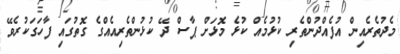
މެދުތެރެއިިން އުފެއްދުންތެރި ކުޅުމެއް ކުޅެ މޮޅަށް ޕާސް ދޭ ކުޅުންތެރިއެއްގެ ގޮތުގައި ފާހަގަކުރެވޭ